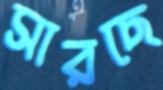
সারছে